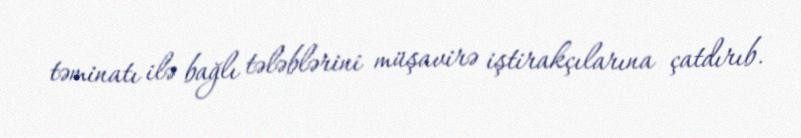
təminatı ilə bağlı tələblərini müşavirə iştirakçılarına çatdırıb.